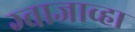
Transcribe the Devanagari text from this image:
ग्वाजाव्हा